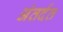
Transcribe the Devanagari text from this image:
अंतर्दत